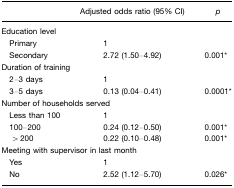
|  | Adjusted odds ratio (95% CI) | p |
 | --- | --- | --- |
 | Education level |  |  |
 | Primary | 1 |  |
 | Secondary | 2.72 (1.50–4.92) | 0.001* |
 | <COLSPAN=3> Duration of training |
 | 2–3 days | 1 |  |
 | 3–5 days | 0.13 (0.04–0.41) | 0.0001* |
 | <COLSPAN=3> Number of households served |
 | Less than 100 | 1 |  |
 | 100–200 | 0.24 (0.12–0.50) | 0.001* |
 | >200 | 0.22 (0.10–0.48) | 0.001* |
 | <COLSPAN=3> Meeting with supervisor in last month |
 | Yes | 1 |  |
 | No | 2.52 (1.12–5.70) | 0.026* |